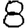
Digit: 8